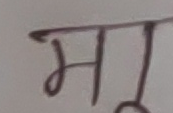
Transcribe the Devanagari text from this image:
मृ